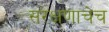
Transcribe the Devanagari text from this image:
संरक्षणाचेच